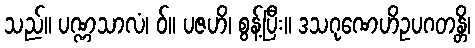
သည်။ ပဏ္ဏသာလံ၊ ဝ်။ ပဇဟိ၊ စွန့်ပြီး။ ဒသဂုဏေဟိဥပဂတန္တိ၊